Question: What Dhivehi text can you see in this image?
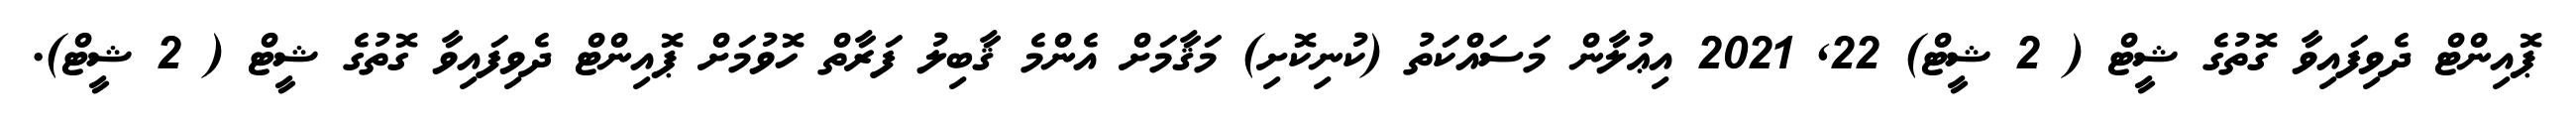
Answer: ޕޮއިންޓް ދެވިފައިވާ ގޮތުގެ ޝީޓް ( 2 ޝީޓް) 22, 2021 އިޢުލާން މަސައްކަތު (ކުނިކޮށި) މަޤާމަށް އެންމެ ޤާބިލު ފަރާތް ހޮވުމަށް ޕޮއިންޓް ދެވިފައިވާ ގޮތުގެ ޝީޓް ( 2 ޝީޓް).